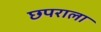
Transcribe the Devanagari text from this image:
छपराला